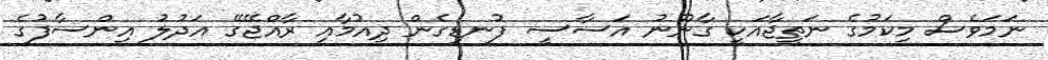
ނަމަވެސް މިކަމުގެ ނަތީޖާއަކީ ގާނޫނު އަސާސީ ފުނޑިގެން ދިއުމާއި ރާއްޖޭގޭ އަދުލު އިންސާފުގެ